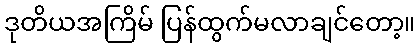
ဒုတိယအကြိမ် ပြန်ထွက်မလာချင်တော့။